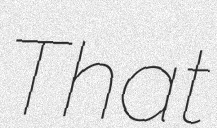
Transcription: That